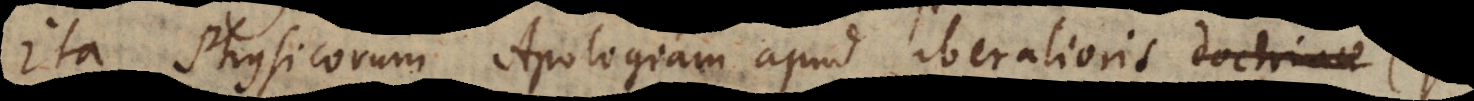
Ita Physicorum Apologiam apud liberalioris doctrinae